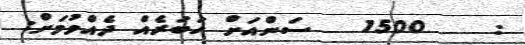
:    1500   ސަންއަށް ޚަބަރެއް ދެއްވުމަށް: